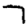
Digit: 7